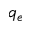
q _ { e }